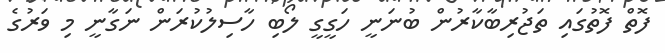
ފޮތް ފޮތުގައި ތަޖުރިބާކާރުން ބުނަނީ ހަގީގީ ލޯބި ހާސިލުކުރަން ނަގާނީ މި ވަރުގެ